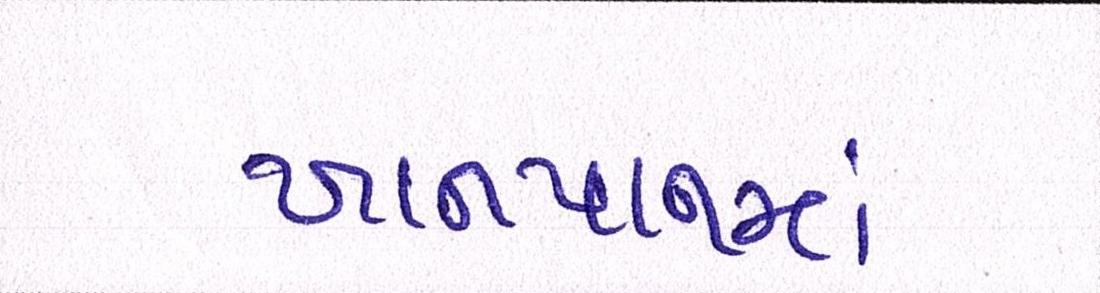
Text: ખાનપાનમાં